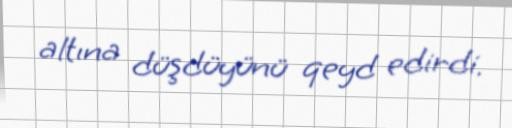
altına düşdüyünü qeyd edirdi.